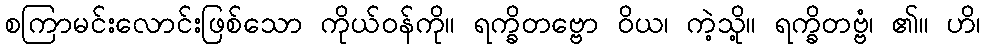
စကြာမင်းလောင်းဖြစ်သော ကိုယ်ဝန်ကို။ ရက္ခိတဗ္ဗော ဝိယ၊ ကဲ့သို့။ ရက္ခိတဗ္ဗံ၊ ၏။ ဟိ၊